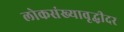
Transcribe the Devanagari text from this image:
लोकसंख्यावृद्धीदर